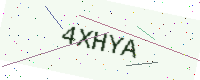
Text: 4XHYA